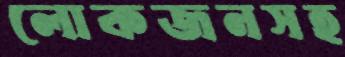
লোকজনসহ